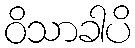
ဝိသာခါပိ